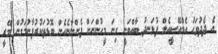
އެ ދެދުވަހު އެމްއޭސީއެލް ފުޅަނދު ބާއްވަނީ ގިނަ މީހުންނަށް ފެންނާނެހެން ބޮޑުތަކުރުފާނުމަގުން މޭރީ